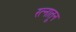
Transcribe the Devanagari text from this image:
रत्‍नातून